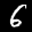
Label: 6